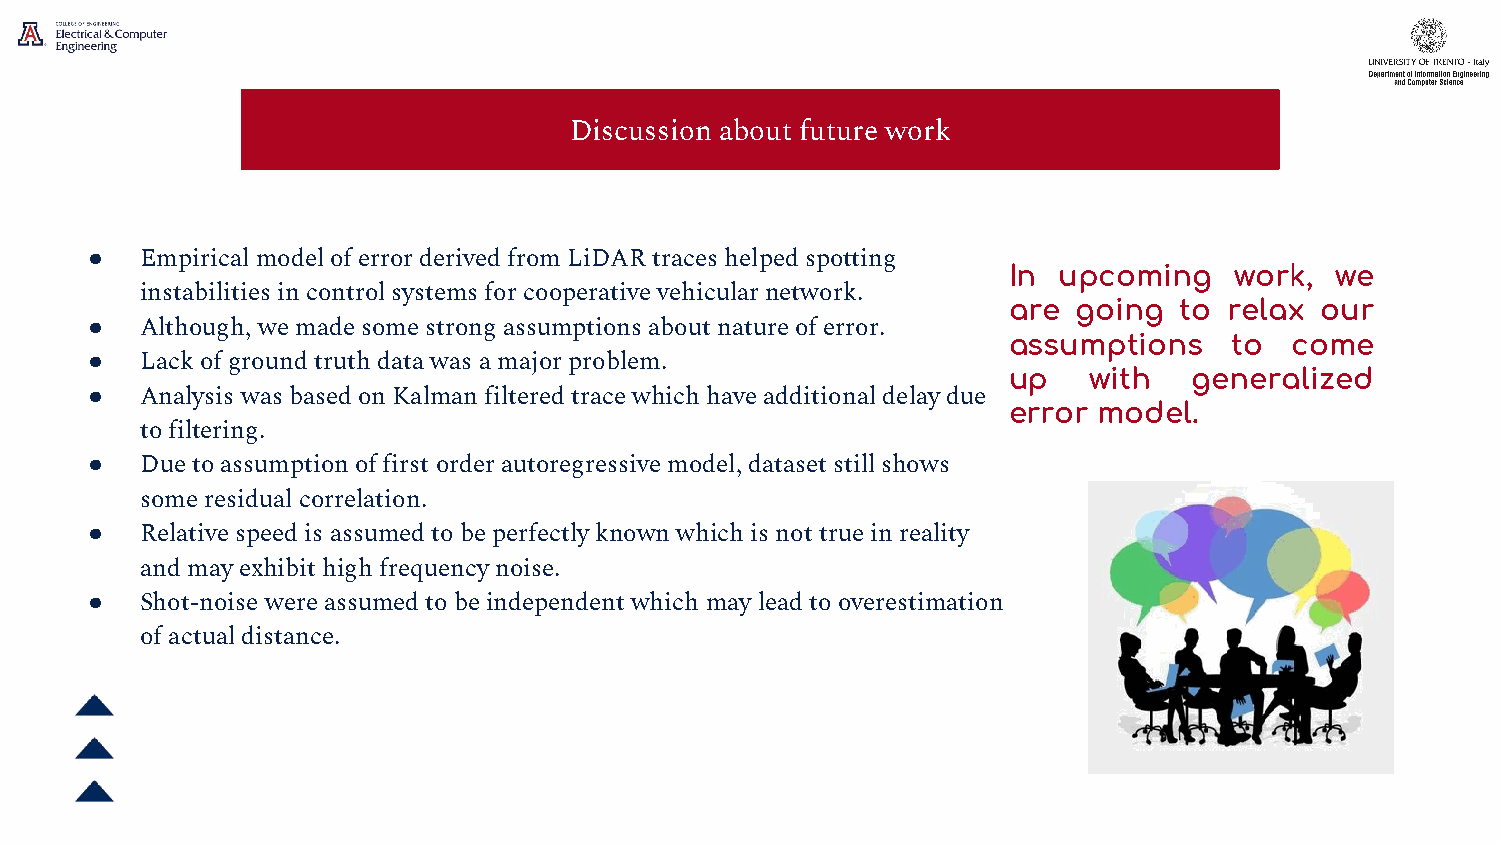
Discussion about future work
 ●
 Empirical model of error derived from LiDAR traces helped spotting
 In upcoming    work, we
 instabilities in control systems for cooperative vehicular network.
 are going  to relax our
 ●
 Although, we made some strong assumptions about nature of error.
 assumptions    to come
 ●
 Lack of ground truth data was a major problem.
 up   with   generalized
 ●
 Analysis was based on Kalman filtered trace which have additional delay due
 error model.
 to filtering.
 ●
 Due to assumption of first order autoregressive model, dataset still shows
 some residual correlation.
 ●
 Relative speed is assumed to be perfectly known which is not true in reality
 and may exhibit high frequency noise.
 ●
 Shot-noise were assumed to be independent which may lead to overestimation
 of actual distance.